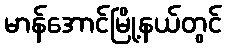
မာန်အောင်မြို့နယ်တွင်